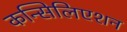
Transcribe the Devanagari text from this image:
कन्सिलिएशन